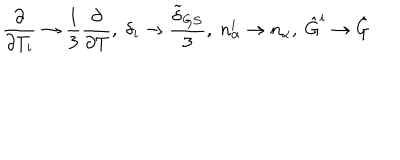
\frac { \partial } { \partial { T _ { i } } } \rightarrow \frac { 1 } { 3 } \frac { \partial } { \partial { T } } , \; \delta _ { i } \rightarrow \frac { \tilde { \delta } _ { G S } } { 3 } , \; n _ { \alpha } ^ { i } \rightarrow n _ { \alpha } , \; \hat { G } ^ { i } \rightarrow \hat { G }